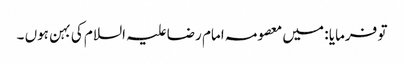
تو فرمایا : میں معصومہ امام رضا علیہ السلام کی بہن ہوں ۔